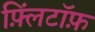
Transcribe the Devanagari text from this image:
फ़्लिंटॉफ़